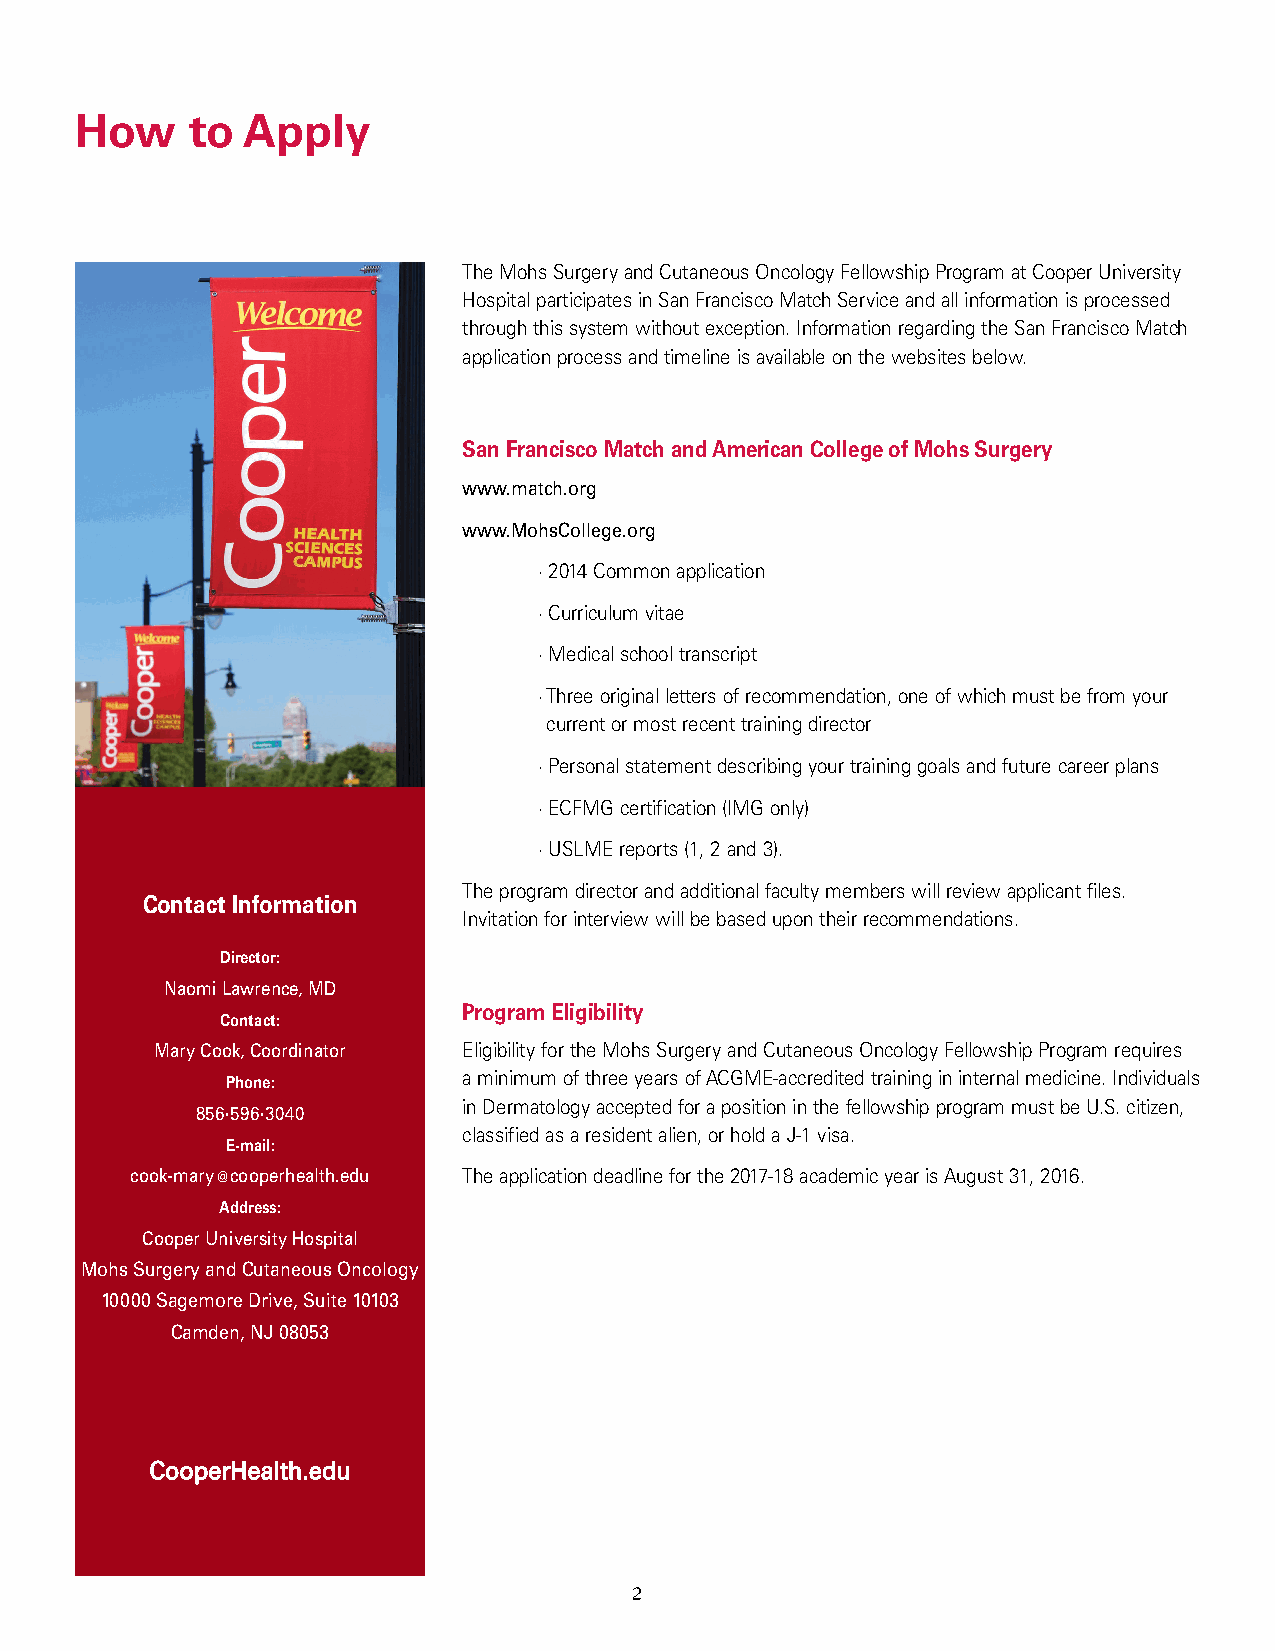
How    to  Apply
 The Mohs Surgery and Cutaneous Oncology Fellowship Program at Cooper University
 Hospital participates in San Francisco Match Service and all information is processed
 through this system without exception. Information regarding the San Francisco Match
 application process and timeline is available on the websites below.
 San Francisco Match and American College of Mohs Surgery
 www.match.org
 www.MohsCollege.org
 · 2014 Common application
 · Curriculum vitae
 · Medical school transcript
 · Three original letters of recommendation, one of which must be from your
 current or most recent training director
 · Personal statement describing your training goals and future career plans
 · ECFMG certification (IMG only)
 · USLME reports (1, 2 and 3).
 The program director and additional faculty members will review applicant files.
 Contact Information
 Invitation for interview will be based upon their recommendations.
 Director:
 Naomi Lawrence, MD
 Program Eligibility
 Contact:
 Mary Cook, Coordinator Eligibility for the Mohs Surgery and Cutaneous Oncology Fellowship Program requires
 Phone:          a minimum of three years of ACGME-accredited training in internal medicine. Individuals
 in Dermatology accepted for a position in the fellowship program must be U.S. citizen,
 856·596·3040
 classified as a resident alien, or hold a J-1 visa.
 E-mail:
 cook-mary@cooperhealth.edu The application deadline for the 2017-18 academic year is August 31, 2016.
 Address:
 Cooper University Hospital
 Mohs Surgery and Cutaneous Oncology
 10000 Sagemore Drive, Suite 10103
 Camden, NJ 08053
 CooperHealth.edu
 2